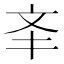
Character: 㪯